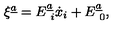
\xi ^ { \underline { { a } } } = E _ { \ i } ^ { \underline { { a } } } \dot { x } _ { i } + E _ { \ 0 } ^ { \underline { { a } } } ,